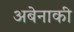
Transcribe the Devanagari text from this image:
अबेनाकी